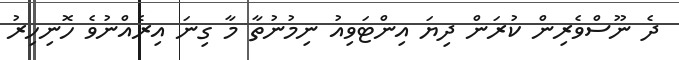
ދެ ނޫސްވެރިން ކުރަން ދިޔަ އިންޓަވިއު ނިމުނުތާ މާ ގިނަ އިރެއްނުވެ ހޮނިހިރު